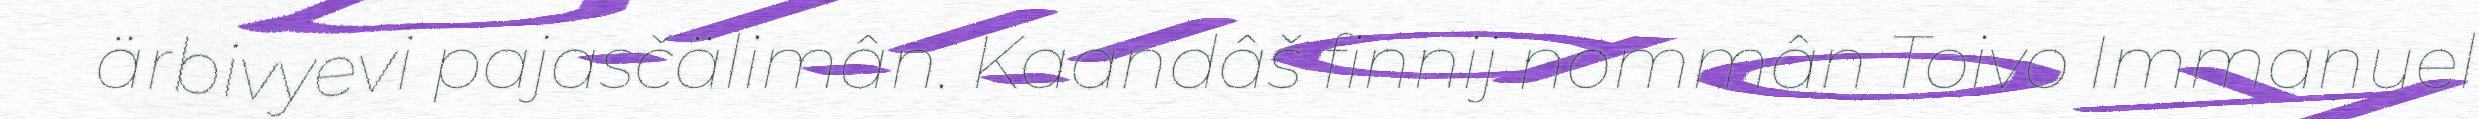
ärbivyevi pajasčälimân. Kaandâš finnij nommân Toivo Immanuel